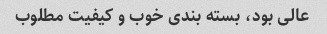
عالی بود، بسته بندی خوب و کیفیت مطلوب